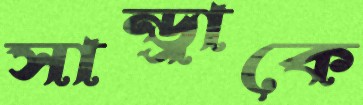
সান্ড্রাকে